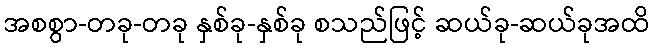
အစစွာ-တခု-တခု နှစ်ခု-နှစ်ခု စသည်ဖြင့် ဆယ်ခု-ဆယ်ခုအထိ